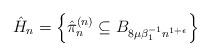
LaTeX: \begin{align*}\hat{H}_n = \left\{\hat{\pi}^{(n)}_n \subseteq B_{8\mu \beta_1^{-1} n^{1+\epsilon}}\right\}\end{align*}